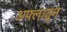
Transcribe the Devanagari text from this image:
अफ्लातून